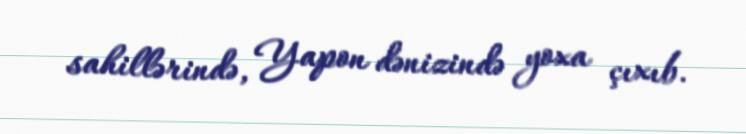
sahillərində, Yapon dənizində yoxa çıxıb.